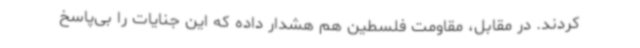
کردند. در مقابل، مقاومت فلسطین هم هشدار داده که این جنایات را بی‌پاسخ